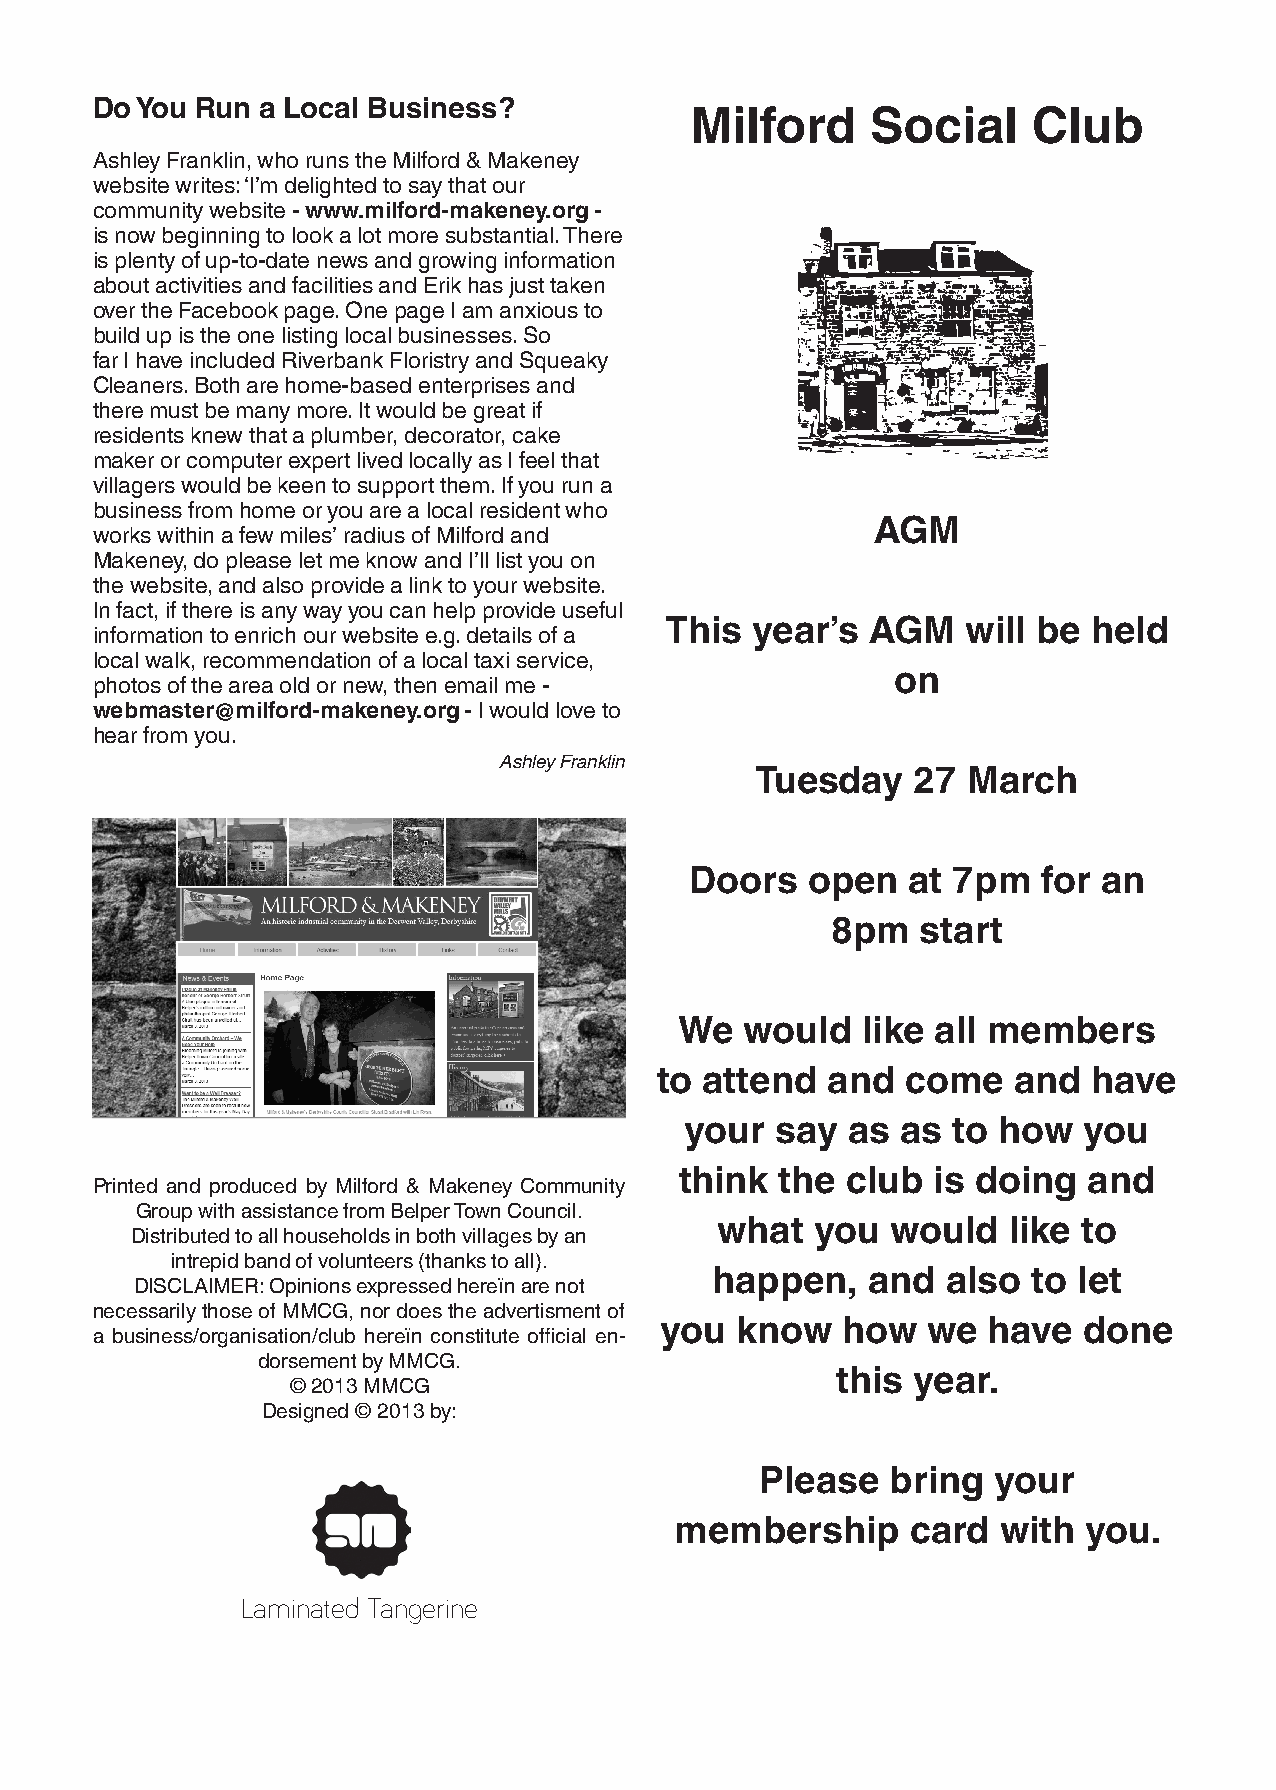
Do You Run a Local Business?
 Milford     Social    Club
 Ashley Franklin, who runs the Milford & Makeney
 website writes: ‘I’m delighted to say that our
 community website - www.milford-makeney.org -
 is now beginning to look a lot more substantial. There
 is plenty of up-to-date news and growing information
 about activities and facilities and Erik has just taken
 over the Facebook page. One page I am anxious to
 build up is the one listing local businesses. So
 far I have included Riverbank Floristry and Squeaky
 Cleaners. Both are home-based enterprises and
 there must be many more. It would be great if
 residents knew that a plumber, decorator, cake
 maker or computer expert lived locally as I feel that
 villagers would be keen to support them. If you run a
 business from home or you are a local resident who
 works within a few miles’ radius of Milford and     AGM
 Makeney, do please let me know and I’ll list you on
 the website, and also provide a link to your website.
 In fact, if there is any way you can help provide useful
 information to enrich our website e.g. details of a This year’s AGM will be held
 local walk, recommendation of a local taxi service,
 photos of the area old or new, then email me -       on
 webmaster@milford-makeney.org - I would love to
 hear from you.
 Ashley Franklin
 Tuesday   27  March
 Doors  open   at 7pm   for an
 8pm   start
 We  would   like all members
 to  attend  and  come   and  have
 your  say  as  as to how   you
 Printed and produced by Milford & Makeney Community think the club is doing and
 Group with assistance from Belper Town Council.
 Distributed to all households in both villages by an what you would like to
 intrepid band of volunteers (thanks to all).
 DISCLAIMER: Opinions expressed hereïn are not happen, and also to let
 necessarily those of MMCG, nor does the advertisment of
 a business/organisation/club hereïn constitute official en- you know how we have done
 dorsement by MMCG.
 © 2013 MMCG                         this year.
 Designed © 2013 by:
 Please   bring  your
 membership     card  with  you.
 Laminated Tangerine